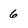
Character: 6